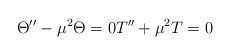
\begin{align*}\begin{aligned}\Theta''-\mu^2 \Theta=0T''+\mu^2 T=0\end{aligned}\end{align*}